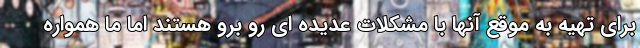
برای تهیه به موقع آنها با مشکلات عدیده ای رو برو هستند اما ما همواره